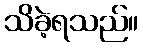
သိခဲ့ရသည်။